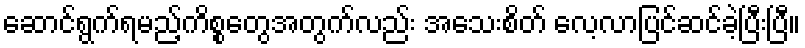
ဆောင်ရွက်ရမည့်ကိစ္စတွေအတွက်လည်း အသေးစိတ် လေ့လာပြင်ဆင်ခဲ့ပြီးပြီ။